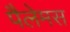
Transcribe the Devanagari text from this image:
पैलेमस